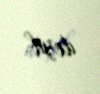
deyib.